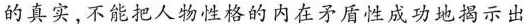
的真实,不能把人物性格的内在矛盾性成功地揭示出